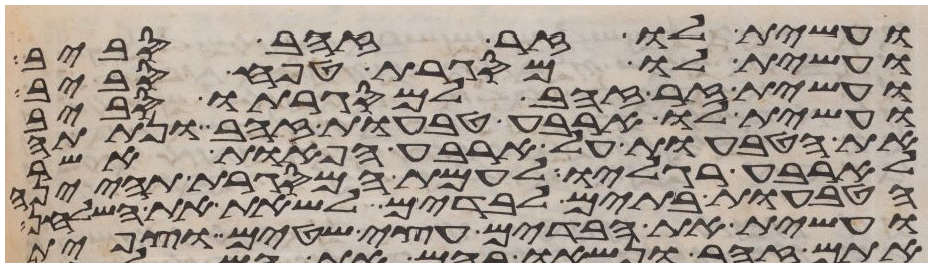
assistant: ועשית לו זר זהב סביב
ועשית לו מסגרת טפח סביב
ועשית זר זהב למסגרתו סביב
ועשית לו ארבע טבעות זהב ונתתה
את הטבעות על ארבע הפאות אשר
לארבע רגליו לעמת המסגרת תהינה
הטבעות בתים לבדים לשאת את השלחן
ועשית את הבדים עצי שטים וצפית